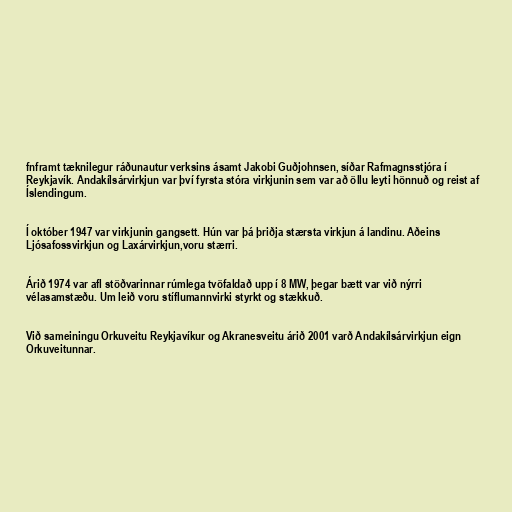
fnframt tæknilegur ráðunautur verksins ásamt Jakobi Guðjohnsen, síðar Rafmagnsstjóra í
Reykjavík. Andakílsárvirkjun var því fyrsta stóra virkjunin sem var að öllu leyti hönnuð og reist af
Íslendingum.

Í október 1947 var virkjunin gangsett. Hún var þá þriðja stærsta virkjun á landinu. Aðeins
Ljósafossvirkjun og Laxárvirkjun,voru stærri.

Árið 1974 var afl stöðvarinnar rúmlega tvöfaldað upp í 8 MW, þegar bætt var við nýrri
vélasamstæðu. Um leið voru stíflumannvirki styrkt og stækkuð.

Við sameiningu Orkuveitu Reykjavíkur og Akranesveitu árið 2001 varð Andakílsárvirkjun eign
Orkuveitunnar.